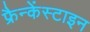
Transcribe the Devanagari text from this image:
फ्रैन्केंस्टाइन